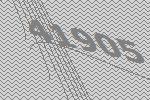
41905